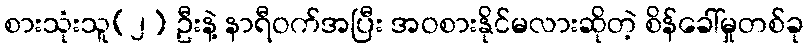
စားသုံးသူ(၂) ဦးနဲ့ နာရီဝက်အပြီး အဝစားနိုင်မလားဆိုတဲ့ စိန်ခေါ်မှုတစ်ခု